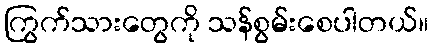
ကြွက်သားတွေကို သန်စွမ်းစေပါတယ်။